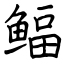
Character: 鲾